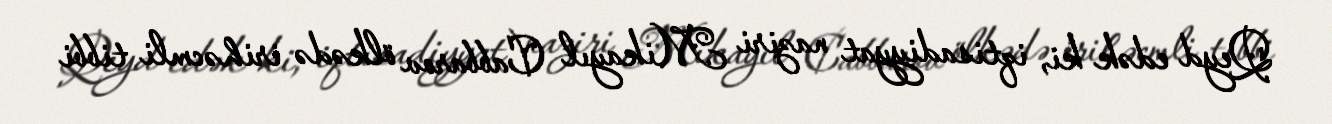
Qeyd edək ki, iqtisadiyyat naziri Mikayıl Cabbarov ölkədə irihəcmli tibbi